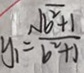
y _ { 1 } = \frac { \sqrt { b ^ { 2 } + 1 } } { b ^ { 2 } + 1 }